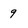
Character: 9